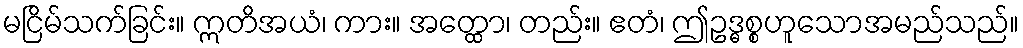
မငြိမ်သက်ခြင်း။ ဣတိအယံ၊ ကား။ အတ္ထော၊ တည်း။ ဧတံ၊ ဤဥဒ္ဓစ္စဟူသောအမည်သည်။